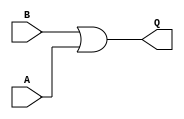
module f_or (B,A,Q);
    input B,A;
    output Q;
    assign Q    = B || A;
endmodule